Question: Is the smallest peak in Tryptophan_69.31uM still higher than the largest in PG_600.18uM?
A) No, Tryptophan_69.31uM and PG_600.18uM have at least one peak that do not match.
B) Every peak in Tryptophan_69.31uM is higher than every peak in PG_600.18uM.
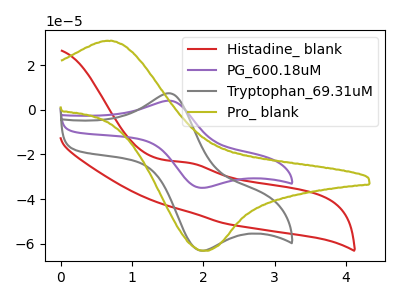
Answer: <think>The red curve "Histadine_ blank" has an anodic peak at: (1.80V, -23.70uA). The purple curve "PG_600.18uM" has an anodic peak at (1.50V, 4.15uA) and a cathodic peak at (1.95V, -34.80uA). The gray curve "Tryptophan_69.31uM" has an anodic peak at (1.50V, 7.45uA) and a cathodic peak at (1.95V, -62.85uA). The olive curve "Pro_ blank" has an anodic peak at (0.65V, 31.00uA) and a cathodic peak at (2.00V, -63.20uA).</think>
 <answer>B) Every peak in "Tryptophan_69.31uM" is higher than every peak in "PG_600.18uM".</answer>
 <eval>B</eval>